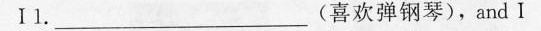
Ⅰl. _ (喜欢弹钢琴)，and I